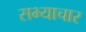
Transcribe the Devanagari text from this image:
सभ्याचार